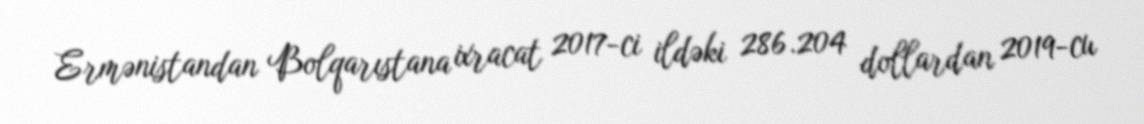
Ermənistandan Bolqarıstana ixracat 2017-ci ildəki 286.204 dollardan 2019-cu